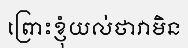
ព្រោះខ្ញុំយល់ថាវាមិន